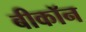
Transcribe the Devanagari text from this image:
बीकॉन